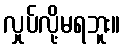
လှုပ်လို့မရဘူး။